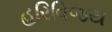
હરિવિજય